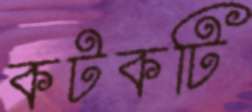
কটকটি